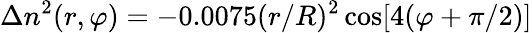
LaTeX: \Delta n^{2}(r,\varphi)=-0.0075(r/R)^{2}\cos[4(\varphi+\pi/2)]